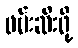
ဖမ်းဆီးဖို့